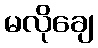
မလိုချေ